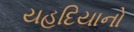
યહૂદિયાનો